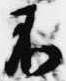
不